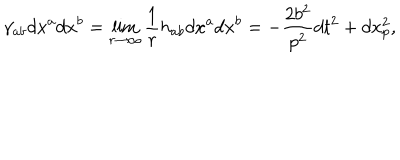
\gamma _ { a b } d x ^ { a } d x ^ { b } = \lim _ { r \to \infty } \frac { 1 } { r } h _ { a b } d x ^ { a } d x ^ { b } = - \frac { 2 b ^ { 2 } } { p ^ { 2 } } d t ^ { 2 } + d x _ { p } ^ { 2 } ,